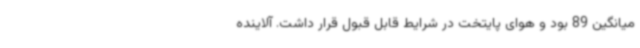
میانگین 89 بود و هوای پایتخت در شرایط قابل قبول قرار داشت. آلاینده